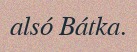
alsó Bátka.